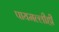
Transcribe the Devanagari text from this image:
पायमल्लीही